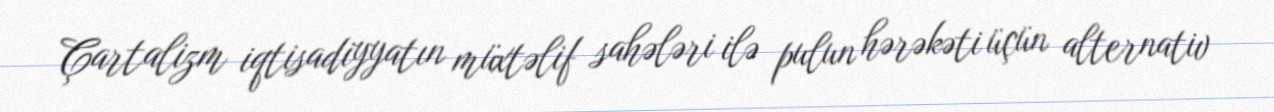
Çartalizm iqtisadiyyatın müxtəlif sahələri ilə pulun hərəkəti üçün alternativ